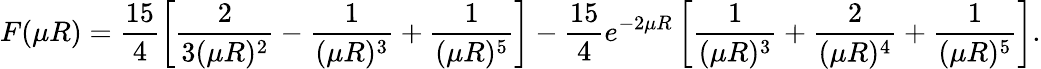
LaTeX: F(\mu R)=\frac{15}{4}\left[\frac{2}{3(\mu R)^{2}}-\frac{1}{(\mu R)^{3}}+\frac{1}{(\mu R)^{5}}\right]-\frac{15}{4}e^{-2\mu R}\left[\frac{1}{(\mu R)^{3}}+\frac{2}{(\mu R)^{4}}+\frac{1}{(\mu R)^{5}}\right].